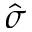
\hat { \sigma }